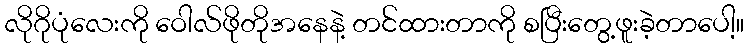
လိုဂိုပုံလေးကို ဝေါလ်ဖိုတိုအနေနဲ့ တင်ထားတာကို စပြီးတွေ့ဖူးခဲ့တာပေါ့။